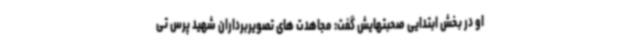
او در بخش ابتدایی صحبتهایش گفت: مجاهدت های تصویربرداران شهید پرس تی